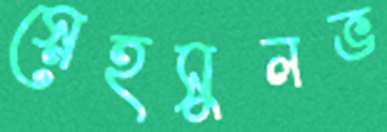
স্নেহসুলভ